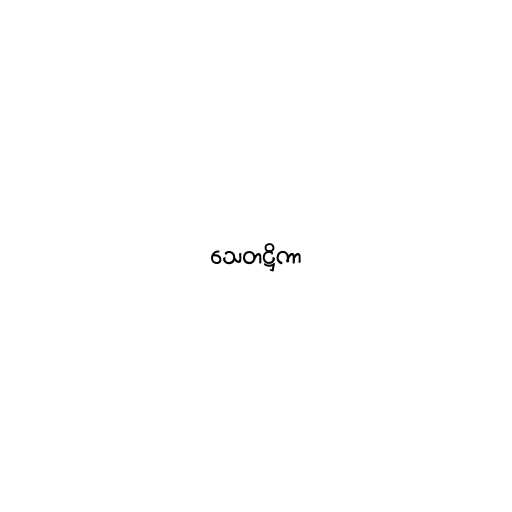
သေတဋ္ဌိကာ